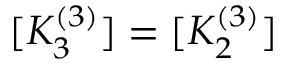
[ K _ { 3 } ^ { ( 3 ) } ] = [ K _ { 2 } ^ { ( 3 ) } ]